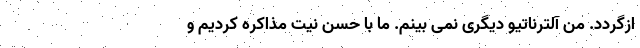
ازگردد. من آلترناتیو دیگری نمی بینم. ما با حسن نیت مذاکره کردیم و